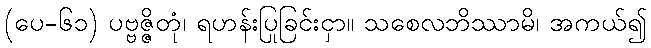
(ပေ-၆၁) ပဗ္ဗဇ္ဇိတုံ၊ ရဟန်းပြုခြင်းငှာ။ သစေလဘိဿာမိ၊ အကယ်၍